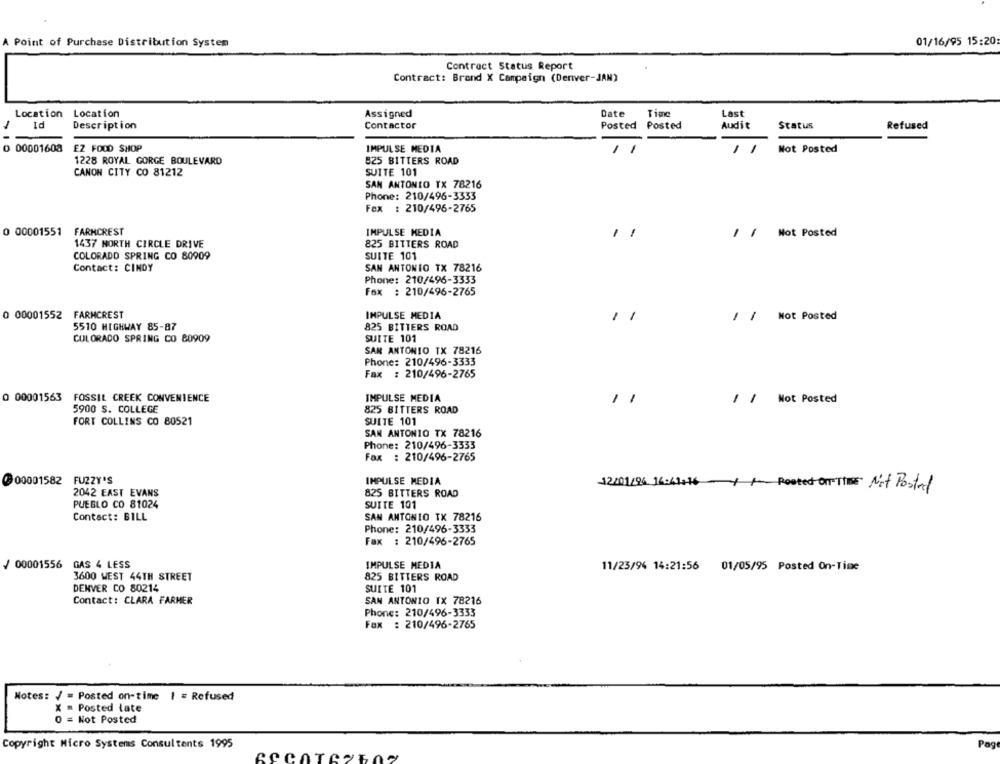
Point of Purchase Distribution System
01/16/95 15:20:
Contract Status Report
Contract: Brand X Campaign (Deriver-JAN)
Location Location
Assigned
Date
Time
Last
Id
Description
Contactor
Posted
Posted
Audit
Status
Refused
0 00001608
EZ FOOD SHOP
IMPULSE MEDIA
Mot Posted
1228 ROYAL GORGE BOULEVARD
825 BITTERS ROAD
CANON CITY CO 81212
SUITE 101
SAN ANTONIO TX 78216
Phone: 210/496-3333
Fax : 210/496-2765
0 00001551 FARMCREST
IMPULSE MEDIA
-
/ / Not Posted
1437 NORTH CIRCLE DRIVE
825 BITTERS ROAD
COLORADO SPRING CO 80909
SUITE 101
Contact: CINDY
SAN ANTONIO TX 78216
Phone: 210/496-3333
Fax : 210/496-2765
0 00001552 FARMCREST
IMPULSE MEDIA
,1
/ / Mot Posted
5510 HIGHWAY 85-87
825 BITTERS ROAD
COLORADO SPRING CO 80909
SUITE 101
SAN ANTONIO TX 78216
Phone: 210/496-3333
Fax : 210/496-2765
O 00001563 FOSSIL CREEK CONVENIENCE
IMPULSE MEDIA
-
/ / Not Posted
5900 S. COLLEGE
825 BITTERS ROAD
FORT COLLINS CO 80521
SUITE 101
SAN ANTONIO TX 78216
Phone: 210/496-3333
Fax : 210/496-2765
900001582 FUZZY'S
IMPULSE MEDIA
12/01/96 16:41+16 ~Posted On The Net Posted
2042 EAST EVANS
825 BITTERS ROAD
PUEBLO CO 81024
SUITE 101
Contact: BILL
SAN ANTONIO TX 78216
Phone: 210/496-3333
Fax : 210/496-2765
/ 00001556 GAS 4 LESS
IMPULSE MEDIA
11/23/94 14:21:56
01/05/95 Posted On-Time
3600 WEST 44TH STREET
825 BITTERS ROAD
DENVER CO 80214
SUITE 101
Contact: CLARA FARMER
SAN ANTONIO TX 78216
Phone: 210/496-3333
Fax : 210/496-2765
Notes: / = Posted on-time | = Refused
X = Posted late
O = Not Posted
Copyright Micro Systems Consultants 1995
Pag